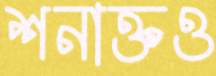
শনাক্তও